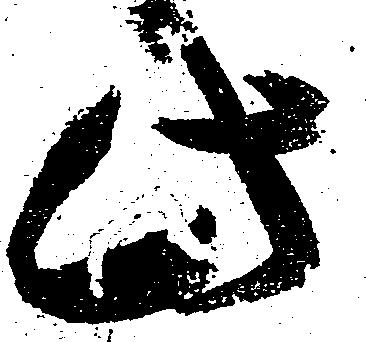
此